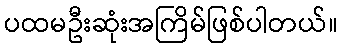
ပထမဦးဆုံးအကြိမ်ဖြစ်ပါတယ်။